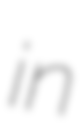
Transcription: in